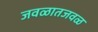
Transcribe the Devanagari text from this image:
जवळातजवळ